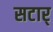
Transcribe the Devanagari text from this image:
सटार्